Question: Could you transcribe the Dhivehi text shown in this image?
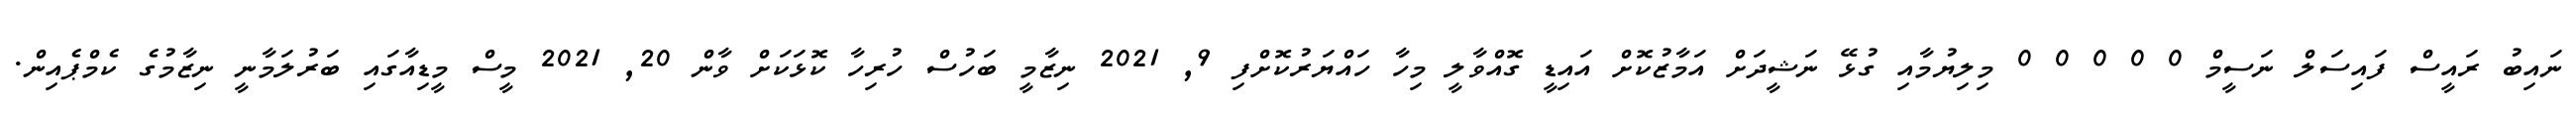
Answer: ނައިބު ރައީސް ފައިސަލް ނަސީމް 0 0 0 0 0 މިލިޔުމާއި ގުޅޭ ނަޝީދަށް އަމާޒުކޮށް އައިޑީ ގޮއްވާލީ މިހާ ހައްޔަރުކޮށްފި 9, 2021 ނިޒާމީ ބަހުސް ހުރިހާ ކޮޅަކަށް ވާން 20, 2021 މީސް މީޑިއާގައި ބަރުލަމާނީ ނިޒާމުގެ ކެމްޕެއިން.